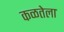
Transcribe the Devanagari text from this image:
कळतेला